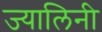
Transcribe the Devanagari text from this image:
ज्यालिनी